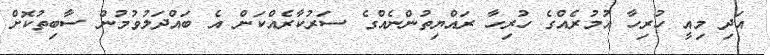
އަދި މިއީ ހުރިހާ އުމުރެއްގެ ހުރިހާ ރައްޔިތުންނެއްގެ ސަރުކާރެއްކަން އެ ބައްދަލުވުމުން ސާބިތުކޮށް